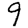
Digit: 9